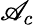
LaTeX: \mathscr{A}_{c}